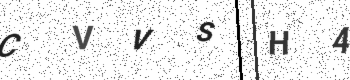
Text: CVVSH4